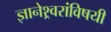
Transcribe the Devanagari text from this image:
ज्ञानेश्र्वरांविषयी